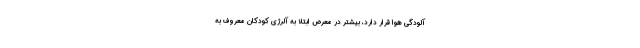
آلودگی هوا قرار دارد، بیشتر در معرض ابتلا به آلرژی کودکان معروف به